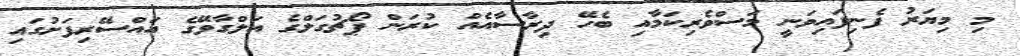
މި މިޔަރު ފެނިފައިވަނީ މަސްވެރިކަމާއި ބެހޭ ދިރާސާއެއް ކުރަން ޕޯޗުގަލްގެ އަލްގާވޭގެ އައްސޭރިފަށުގައި